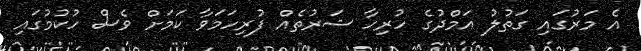
އެ މަރުގައި ގަތުލު އަމްދުގެ ހުރިހާ ޝަރުތެއް ފުރިހަމަވާ ކަމަށް ވެސް ހުކުމުގައި